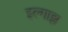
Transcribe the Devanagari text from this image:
इल्गाझ